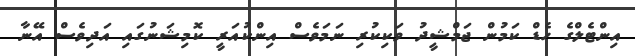
އިންޓެލްގެ ހެޑް ކަމުން ޖަމްޝީދު ވަކިކުރި ނަމަވެސް އިންކުއަރީ ކޮމިޝަނުގައި އަދިވެސް އޭނާ